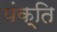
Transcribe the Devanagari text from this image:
पंक्‍ति